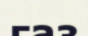
газ